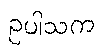
ဥပါသက